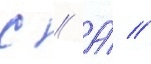
с // А́ //